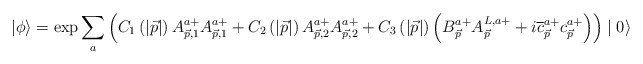
\begin{align*}|\phi \rangle =\exp \sum\limits_a\left(C_1\left(\left|\vec{p}\right| \right)A_{\vec{p},1}^{a+}A_{\vec{p},1}^{a+}+C_2\left(\left|\vec{p}\right| \right)A_{\vec{p},2}^{a+}A_{\vec{p},2}^{a+}+C_3\left(\left|\vec{p}\right| \right)\left(B_{\vec{p}}^{a+}A_{\vec{p}}^{L,a+}+i\overline{c}_{\vec{p}}^{a+}c_{\vec{p}}^{a+}\right) \right) \mid 0\rangle \end{align*}